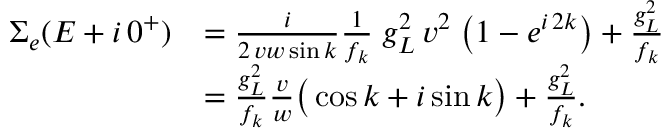
\begin{array} { r l } { \Sigma _ { e } ( E + i \, 0 ^ { + } ) } & { = \frac { i } { 2 \, v w \sin { k } } \frac { 1 } { f _ { k } } \; g _ { L } ^ { 2 } \, v ^ { 2 } \; \big ( 1 - e ^ { i \, 2 k } \big ) + \frac { g _ { L } ^ { 2 } } { f _ { k } } } \\ & { = \frac { g _ { L } ^ { 2 } } { f _ { k } } \frac { v } { w } \big ( \cos { k } + i \sin { k } \big ) + \frac { g _ { L } ^ { 2 } } { f _ { k } } . } \end{array}